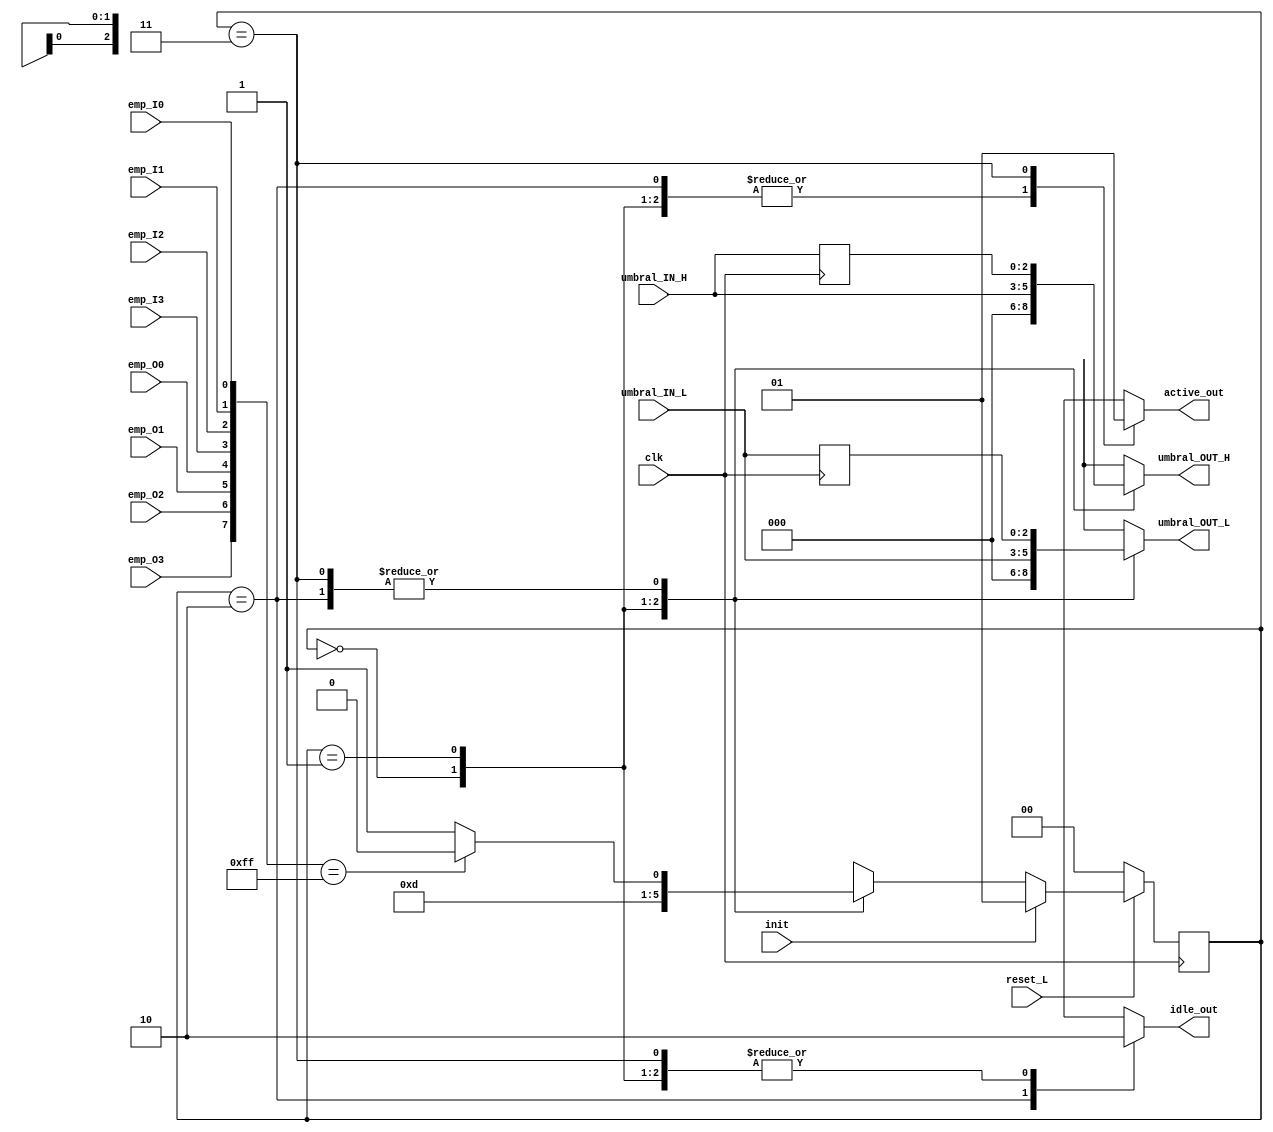
module maquina_estados
   (//Input   
    input clk,
    input init,
    input reset_L,
    input [2:0] umbral_IN_L,
    input [2:0] umbral_IN_H,
	input emp_I0,
    input emp_I1,
    input emp_I2,
    input emp_I3,
    input emp_O0,
    input emp_O1,
    input emp_O2,
    input emp_O3,
    //Output
    output reg active_out,
    output reg idle_out,
    output reg [2:0] umbral_OUT_L,
    output reg [2:0] umbral_OUT_H
    );

parameter RESET = 0;
parameter INIT = 1;
parameter IDLE = 2;
parameter ACTIVE = 3;

reg [1:0] estado;
reg [1:0] estado_prox;

reg [2:0] umbral_0 = 3'b000;
reg [2:0] umbral_1 = 3'b000;
/*
wire [2:0] umbral_0;
wire [2:0] umbral_1;
*/
reg [7:0] empty;


always @(posedge clk) begin
    if(!reset_L) begin
        estado <= RESET;
    end
    else begin 
        if (init) begin
        estado <= INIT;
        end
        else begin
            estado <= estado_prox;
        end
    end
    umbral_0 = umbral_IN_L;
    umbral_1 = umbral_IN_H;
end

always @(*) begin
    empty[0] = emp_I0;
    empty[1] = emp_I1;
    empty[2] = emp_I2;
    empty[3] = emp_I3;
    empty[4] = emp_O0;
    empty[5] = emp_O1;
    empty[6] = emp_O2;
    empty[7] = emp_O3;

    case (estado)
        RESET: begin
            idle_out = 0;
            active_out = 0;
            umbral_OUT_L = 0;
            umbral_OUT_H = 0;
            estado_prox = INIT;
        end
        INIT: begin
            idle_out = 0;
            active_out = 0;
            umbral_OUT_L = umbral_IN_L;
            umbral_OUT_H = umbral_IN_H;
            if(init) begin
                estado_prox = INIT;
            end
            else begin
                estado_prox = IDLE;
            end
        end
        IDLE: begin
            idle_out = 1;
            active_out = 0;
            umbral_OUT_L = umbral_0;
            umbral_OUT_H = umbral_1;
            if(empty == 'hFF) begin
                estado_prox = IDLE;
            end
            else begin
                estado_prox = ACTIVE;
            end
        end
        ACTIVE: begin
            idle_out = 0;
            active_out = 1;
            umbral_OUT_L = umbral_0;
            umbral_OUT_H = umbral_1;
            //estado_prox = ACTIVE;
            if(empty == 'hFF) begin
                estado_prox = IDLE;
            end
            else begin
                estado_prox = ACTIVE;
            end
        end
        default: begin
            estado_prox = INIT;
        end
    
    endcase



end

endmodule